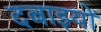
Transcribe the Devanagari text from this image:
दबाइयों